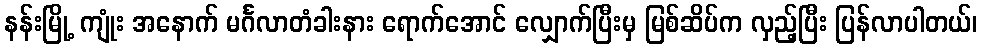
နန်းမြို့ ကျုံး အနောက် မင်္ဂလာတံခါးနား ရောက်အောင် လျှောက်ပြီးမှ မြစ်ဆိပ်က လှည့်ပြီး ပြန်လာပါတယ်၊